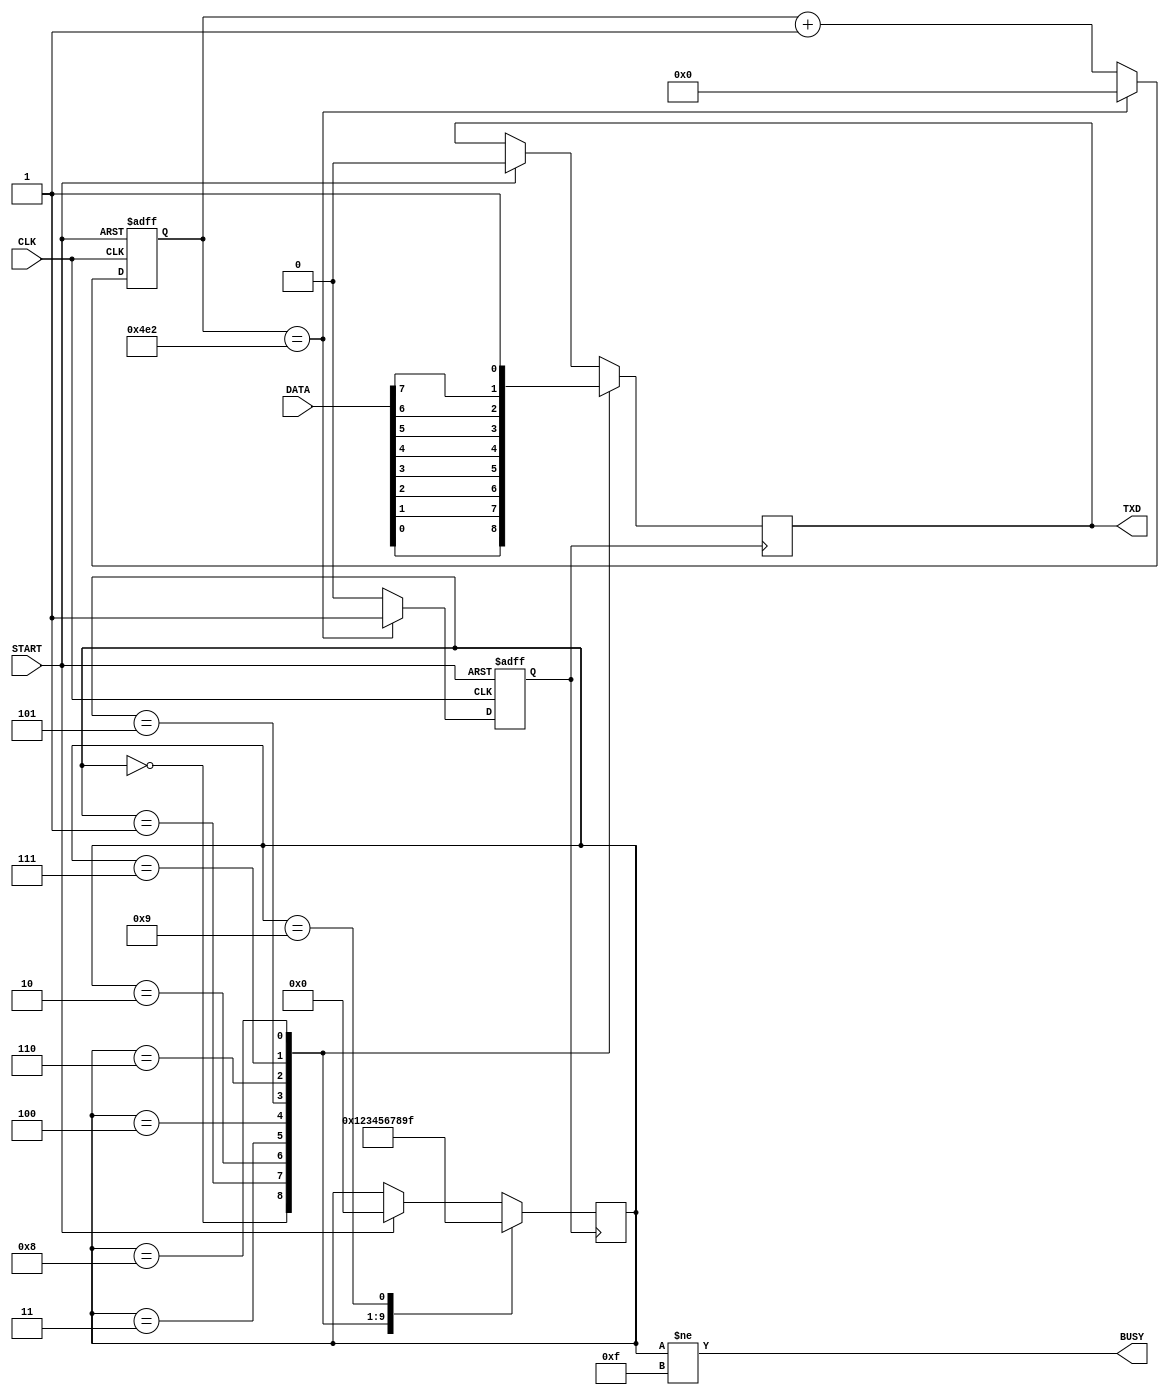
module uart_tx
(
    input CLK,

    output reg TXD = 1'b1,
	input START,
	input [7:0]DATA,
    output BUSY
);

assign BUSY = (bit_num != 4'b1111);

reg [12:0]cnt = 13'b0;
reg uart_clk = 1'b0;
always @(posedge CLK or posedge START) begin
	if (START) begin
        cnt <= 13'b0;
        uart_clk <= 1'b1;
	end
	else begin
    	if (cnt == 1250) begin // 48_000_000 = 1250 * 38400
    	    cnt <= 13'b0;
    	    uart_clk <= 1'b1;
    	end
    	else begin
    	    cnt <= cnt + 13'b1;
    	    uart_clk <= 1'b0;
    	end
	end
end

reg [3:0]bit_num = 4'b1111;
always @(posedge uart_clk) begin
	if (START) begin
		bit_num <= 4'b0000;
		TXD <= 1'b0;
	end

	case (bit_num)
	4'b0000: begin bit_num <= 4'b0001; TXD <= DATA[0]; end
	4'b0001: begin bit_num <= 4'b0010; TXD <= DATA[1]; end 
	4'b0010: begin bit_num <= 4'b0011; TXD <= DATA[2]; end
	4'b0011: begin bit_num <= 4'b0100; TXD <= DATA[3]; end
	4'b0100: begin bit_num <= 4'b0101; TXD <= DATA[4]; end
	4'b0101: begin bit_num <= 4'b0110; TXD <= DATA[5]; end
	4'b0110: begin bit_num <= 4'b0111; TXD <= DATA[6]; end
	4'b0111: begin bit_num <= 4'b1000; TXD <= DATA[7]; end
	4'b1000: begin bit_num <= 4'b1001; TXD <= 1'b1; end
	4'b1001: begin bit_num <= 4'b1111; end
	endcase
end

endmodule